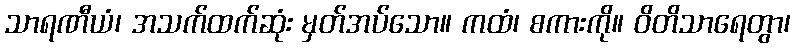
သာရဏီယံ၊ အသက်ထက်ဆုံး မှတ်အပ်သော။ ကထံ၊ စကားကို။ ဝိတိသာရေတွာ၊